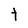
Character: t